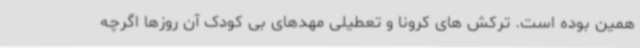
همین بوده است. ترکش های کرونا و تعطیلی مهدهای بی کودک آن روزها اگرچه